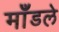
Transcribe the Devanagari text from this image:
माँडले